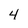
Character: 4